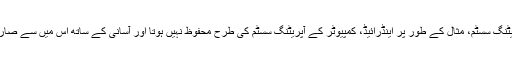
ٹیکنالوجی ماہرین نے بتایا ہے کہ سمارٹ فون کا آپریٹنگ سسٹم، مثال کے طور پر اینڈرائیڈ، کمپیوٹر کے آپریٹنگ سسٹم کی طرح محفوظ نہیں ہوتا اور آسانی کے ساتھ اس میں سے صارفین کی ذاتی نوعیت کی معلومات چرائی جاسکتی ہیں۔